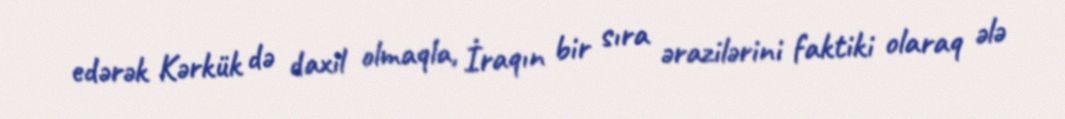
edərək Kərkük də daxil olmaqla, İraqın bir sıra ərazilərini faktiki olaraq ələ